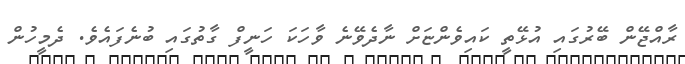
ރާއްޖޭން ބޭރުގައި އުޅޭތީ ކައިވެންޏަށް ނާދެވޭނެ ވާހަކަ ހަނީފް ގާތުގައި ބުނެފައެވެ. ދެމީހުން